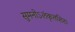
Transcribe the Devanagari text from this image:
सुमनोऽलंकृतशिराः